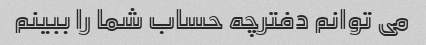
می توانم دفترچه حساب شما را ببینم